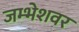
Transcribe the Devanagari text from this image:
जम्भेशवर